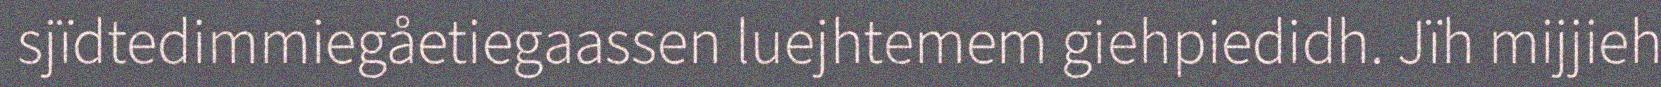
sjïdtedimmiegåetiegaassen luejhtemem giehpiedidh. Jïh mijjieh